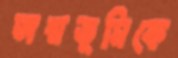
জন্মভূমিকে